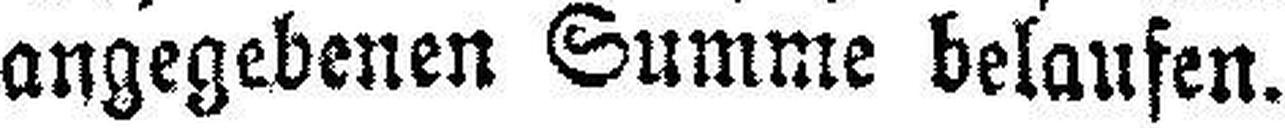
angegebenen Summe belaufen.